Vaccine operations Central Provinces 1868-1885 - 1868-1885
Year: 1868
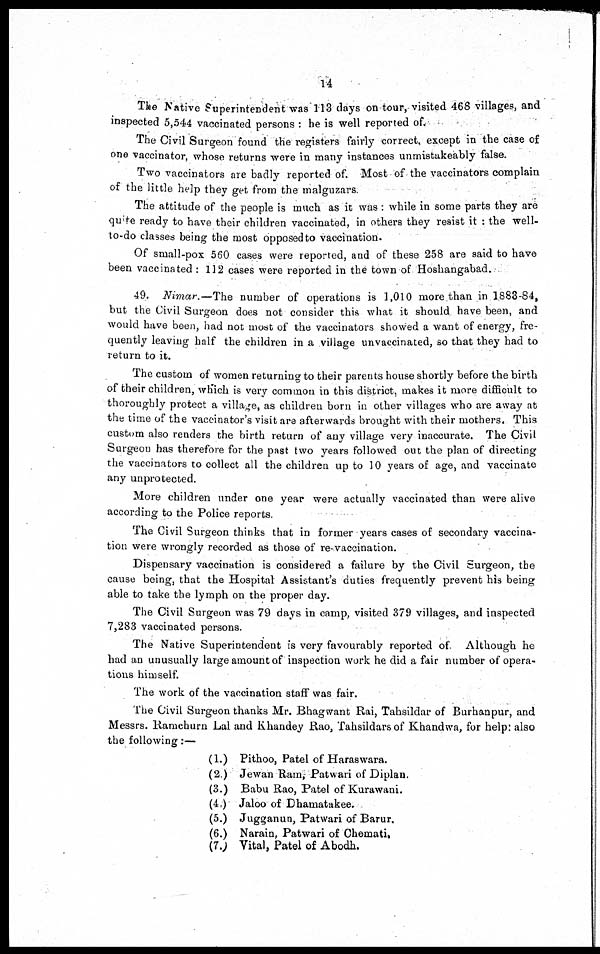
14
The Native Superintendent was 113 days on tour, visited 468 villages, and
inspected 5,544 vaccinated persons : he is well reported of.
The Civil Surgeon found the registers fairly correct, except in the case of
one vaccinator, whose returns were in many instances unmistakeably false.
Two vaccinators are badly reported of. Most of the vaccinators complain
of the little help they get from the malguzars.
The attitude of the people is much as it was : while in some parts they are
quite ready to have their children vaccinated, in others they resist it : the well-
to-do classes being the most opposed to vaccination.
Of small-pox 560 cases were reported, and of these 258 are said to have
been vaccinated : 112 cases were reported in the town of Hoshangabad.
49. Nimar.— The number of operations is 1,010 more than in 1883-84,
but the Civil Surgeon does not consider this what it should have been, and
would have been, had not most of the vaccinators showed a want of energy, fre-
quently leaving half the children in a village unvaccinated, so that they had to
return to it.
The custom of women returning to their parents house shortly before the birth
of their children, which is very common in this district, makes it more difficult to
thoroughly protect a village, as children born in other villages who are away at
the time of the vaccinator's visit are afterwards brought with their mothers. This
custom also renders the birth return of any village very inaccurate. The Civil
Surgeon has therefore for the past two years followed out the plan of directing
the vaccinators to collect all the children up to 10 years of age, and vaccinate
any unprotected.
More children under one year were actually vaccinated than were alive
according to the Police reports.
The Civil Surgeon thinks that in former years cases of secondary vaccina-
tion were wrongly recorded as those of re-vaccination.
Dispensary vaccination is considered a failure by the Civil Surgeon, the
cause being, that the Hospital Assistant's duties frequently prevent his being
able to take the lymph on the proper day.
The Civil Surgeon was 79 days in camp, visited 379 villages, and inspected
7,283 vaccinated persons.
The Native Superintendent is very favourably reported of Although he
had an unusually large amount of inspection work he did a fair number of opera-
tions himself.
The work of the vaccination staff was fair.
The Civil Surgeon thanks Mr. Bhagwant Rai, Tahsildar of Burhanpur, and
Messrs. Ramchurn Lal and Khandey Rao, Tahsildars of Khandwa, for help: also
the following:—
(1.) Pithoo, Patel of Haraswara.
(2.) Jewan Ram, Patwari of Diplan.
(3.) Babu Rao, Patel of Kurawani.
(4.) Jaloo of Dhamatakee.
(5.) Jugganun, Patwari of Barur.
(6.) Narain, Patwari of Chemati.
(7.) Vital, Patel of Abodh.